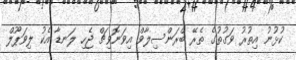
ކުޅުނު އިތުރު ވަގުތުގެ ތެރޭ ބްރަންސިލާވް އިވަނޮވިޗް ޖެހި ލަނޑާ އެކު ލިވަޕޫލް